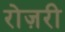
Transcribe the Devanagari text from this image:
रोज़री